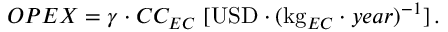
O P E X = \gamma \cdot C C _ { E C } \ [ \mathrm { U S D } \cdot ( \mathrm { k g } _ { E C } \cdot y e a r ) ^ { - 1 } ] \, .